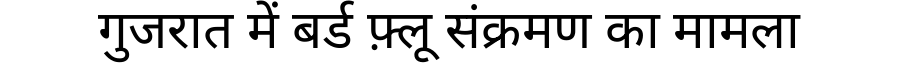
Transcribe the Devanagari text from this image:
गुजरात में बर्ड फ़्लू संक्रमण का मामला